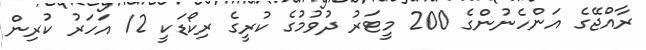
ރާއްޖޭގެ އަންހެނުންގެ 200 މީޓަރު ދުވުމުގެ ކުރީގެ ރިކޯޑަކީ 12 އަހަރު ކުރިން